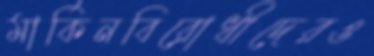
মার্কিনবিরোধীদেরও